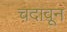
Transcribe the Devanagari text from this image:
चदावून